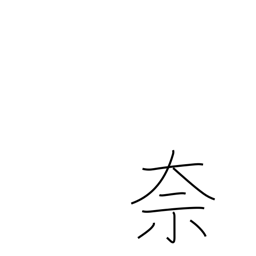
Meaning: what?